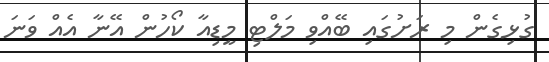
ގުޅިގެން މި ރަށުގައި ބޭއްވި މަލްޓި މީޑިއާ ކޯހުން އޭނާ އެއް ވަނަ